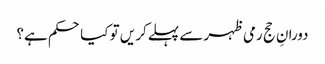
دورانِ حج رمی ظہر سے پہلےکر یں تو کیا حکم ہے؟